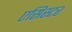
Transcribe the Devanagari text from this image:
एसिस्टर